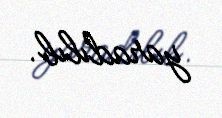
yaradılıb.